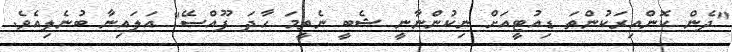
"ދެން ކޮންއިރަކުންތަ ޑިއުޓީއަށް ނިކުންނާނީ ޝެބީ ނެތީމަ ހާދަ ފޫއްސޭ" އަލައިނާ ބުނެލިއެވެ.